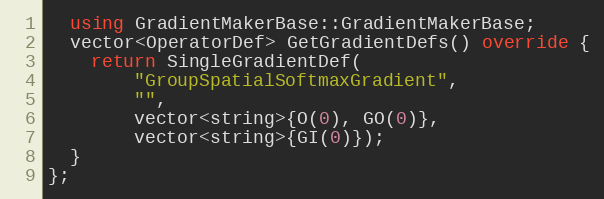
Language: C++
  using GradientMakerBase::GradientMakerBase;
  vector<OperatorDef> GetGradientDefs() override {
    return SingleGradientDef(
        "GroupSpatialSoftmaxGradient",
        "",
        vector<string>{O(0), GO(0)},
        vector<string>{GI(0)});
  }
};